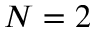
N = 2